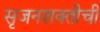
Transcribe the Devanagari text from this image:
सृजनशक्तीची